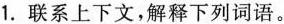
1. 联系上下文，解释下列词语。